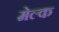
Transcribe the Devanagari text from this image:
मेल्क